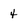
Character: 4